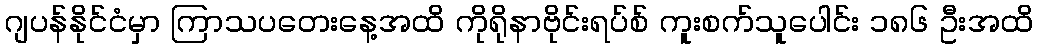
ဂျပန်နိုင်ငံမှာ ကြာသပတေးနေ့အထိ ကိုရိုနာဗိုင်းရပ်စ် ကူးစက်သူပေါင်း ၁၈၆ ဦးအထိ